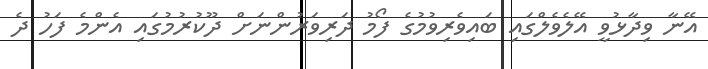
އޭނާ ވިދާޅުވީ އޭލެވެލްގައި ބައިވެރިވުމުގެ ފޯމު ދަރިވަރުންނަށް ދޫކުރުމުގައި އެންމެ ފަހު ދެ